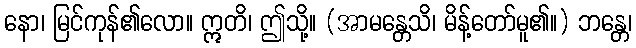
နော၊ မြင်ကုန်၏လော။ ဣတိ၊ ဤသို့။ (အာမန္တေသိ၊ မိန့်တော်မူ၏။) ဘန္တေ၊